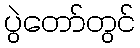
ပွဲတော်တွင်